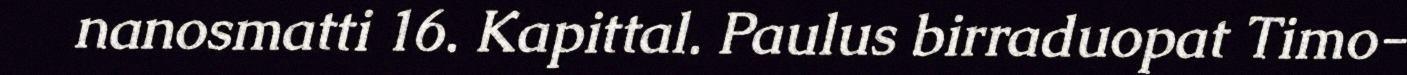
nanosmatti 16. Kapittal. Paulus birraduopat Timo-